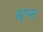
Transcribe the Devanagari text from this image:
ह्यूघस